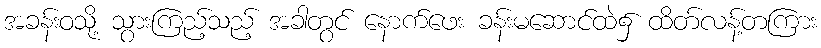
အခန်းဝသို့ သွားကြည့်သည့် အခါတွင် နောက်ဖေး ခန်းမဆောင်ထဲ၌ ထိတ်လန့်တကြား